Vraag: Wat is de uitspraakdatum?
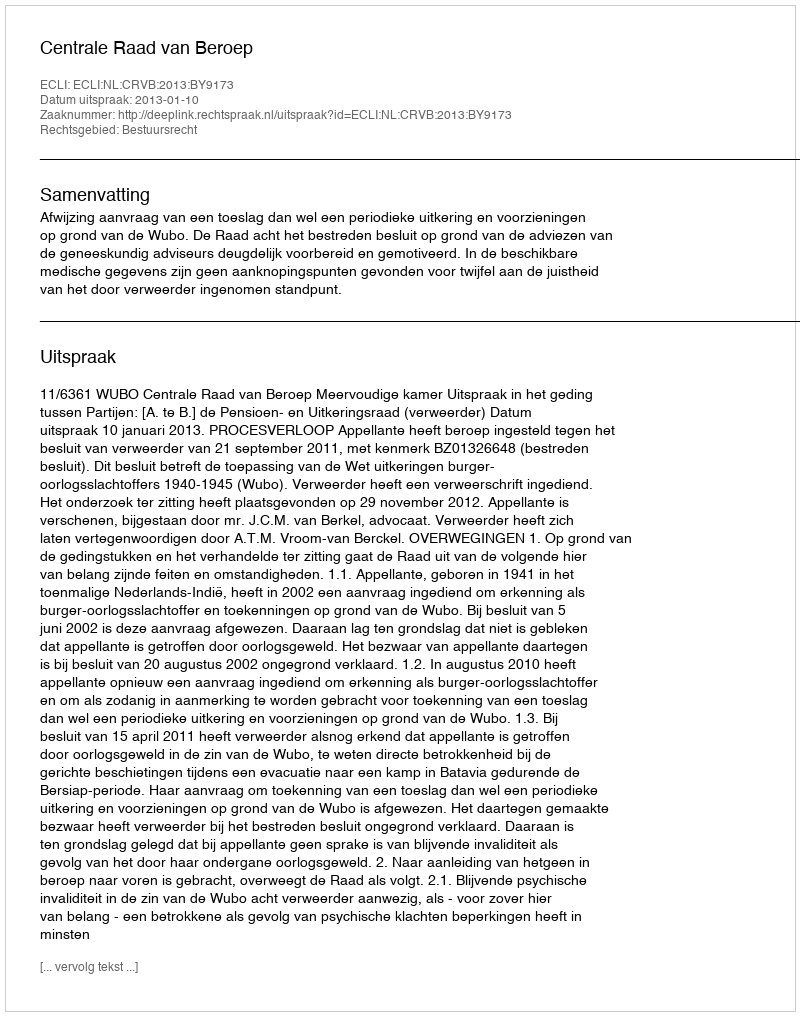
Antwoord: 2013-01-10